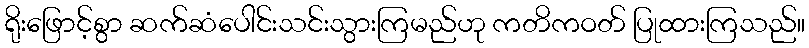
ရိုးဖြောင့်စွာ ဆက်ဆံပေါင်းသင်းသွားကြမည်ဟု ကတိကဝတ် ပြုထားကြသည်။